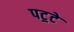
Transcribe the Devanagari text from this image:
पट॒टे